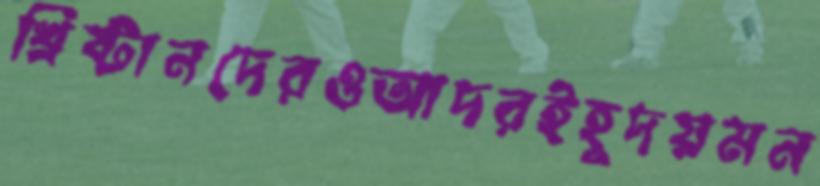
খ্রিষ্টানদেরওআদরইহূদয়মন